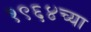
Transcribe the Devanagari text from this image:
१९६४च्या